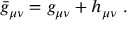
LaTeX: \bar { g } _ { \mu \nu } = g _ { \mu \nu } + h _ { \mu \nu } \ .